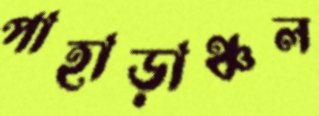
পাহাড়াঞ্চল